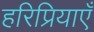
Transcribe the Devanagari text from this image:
हरिप्रियाएँ